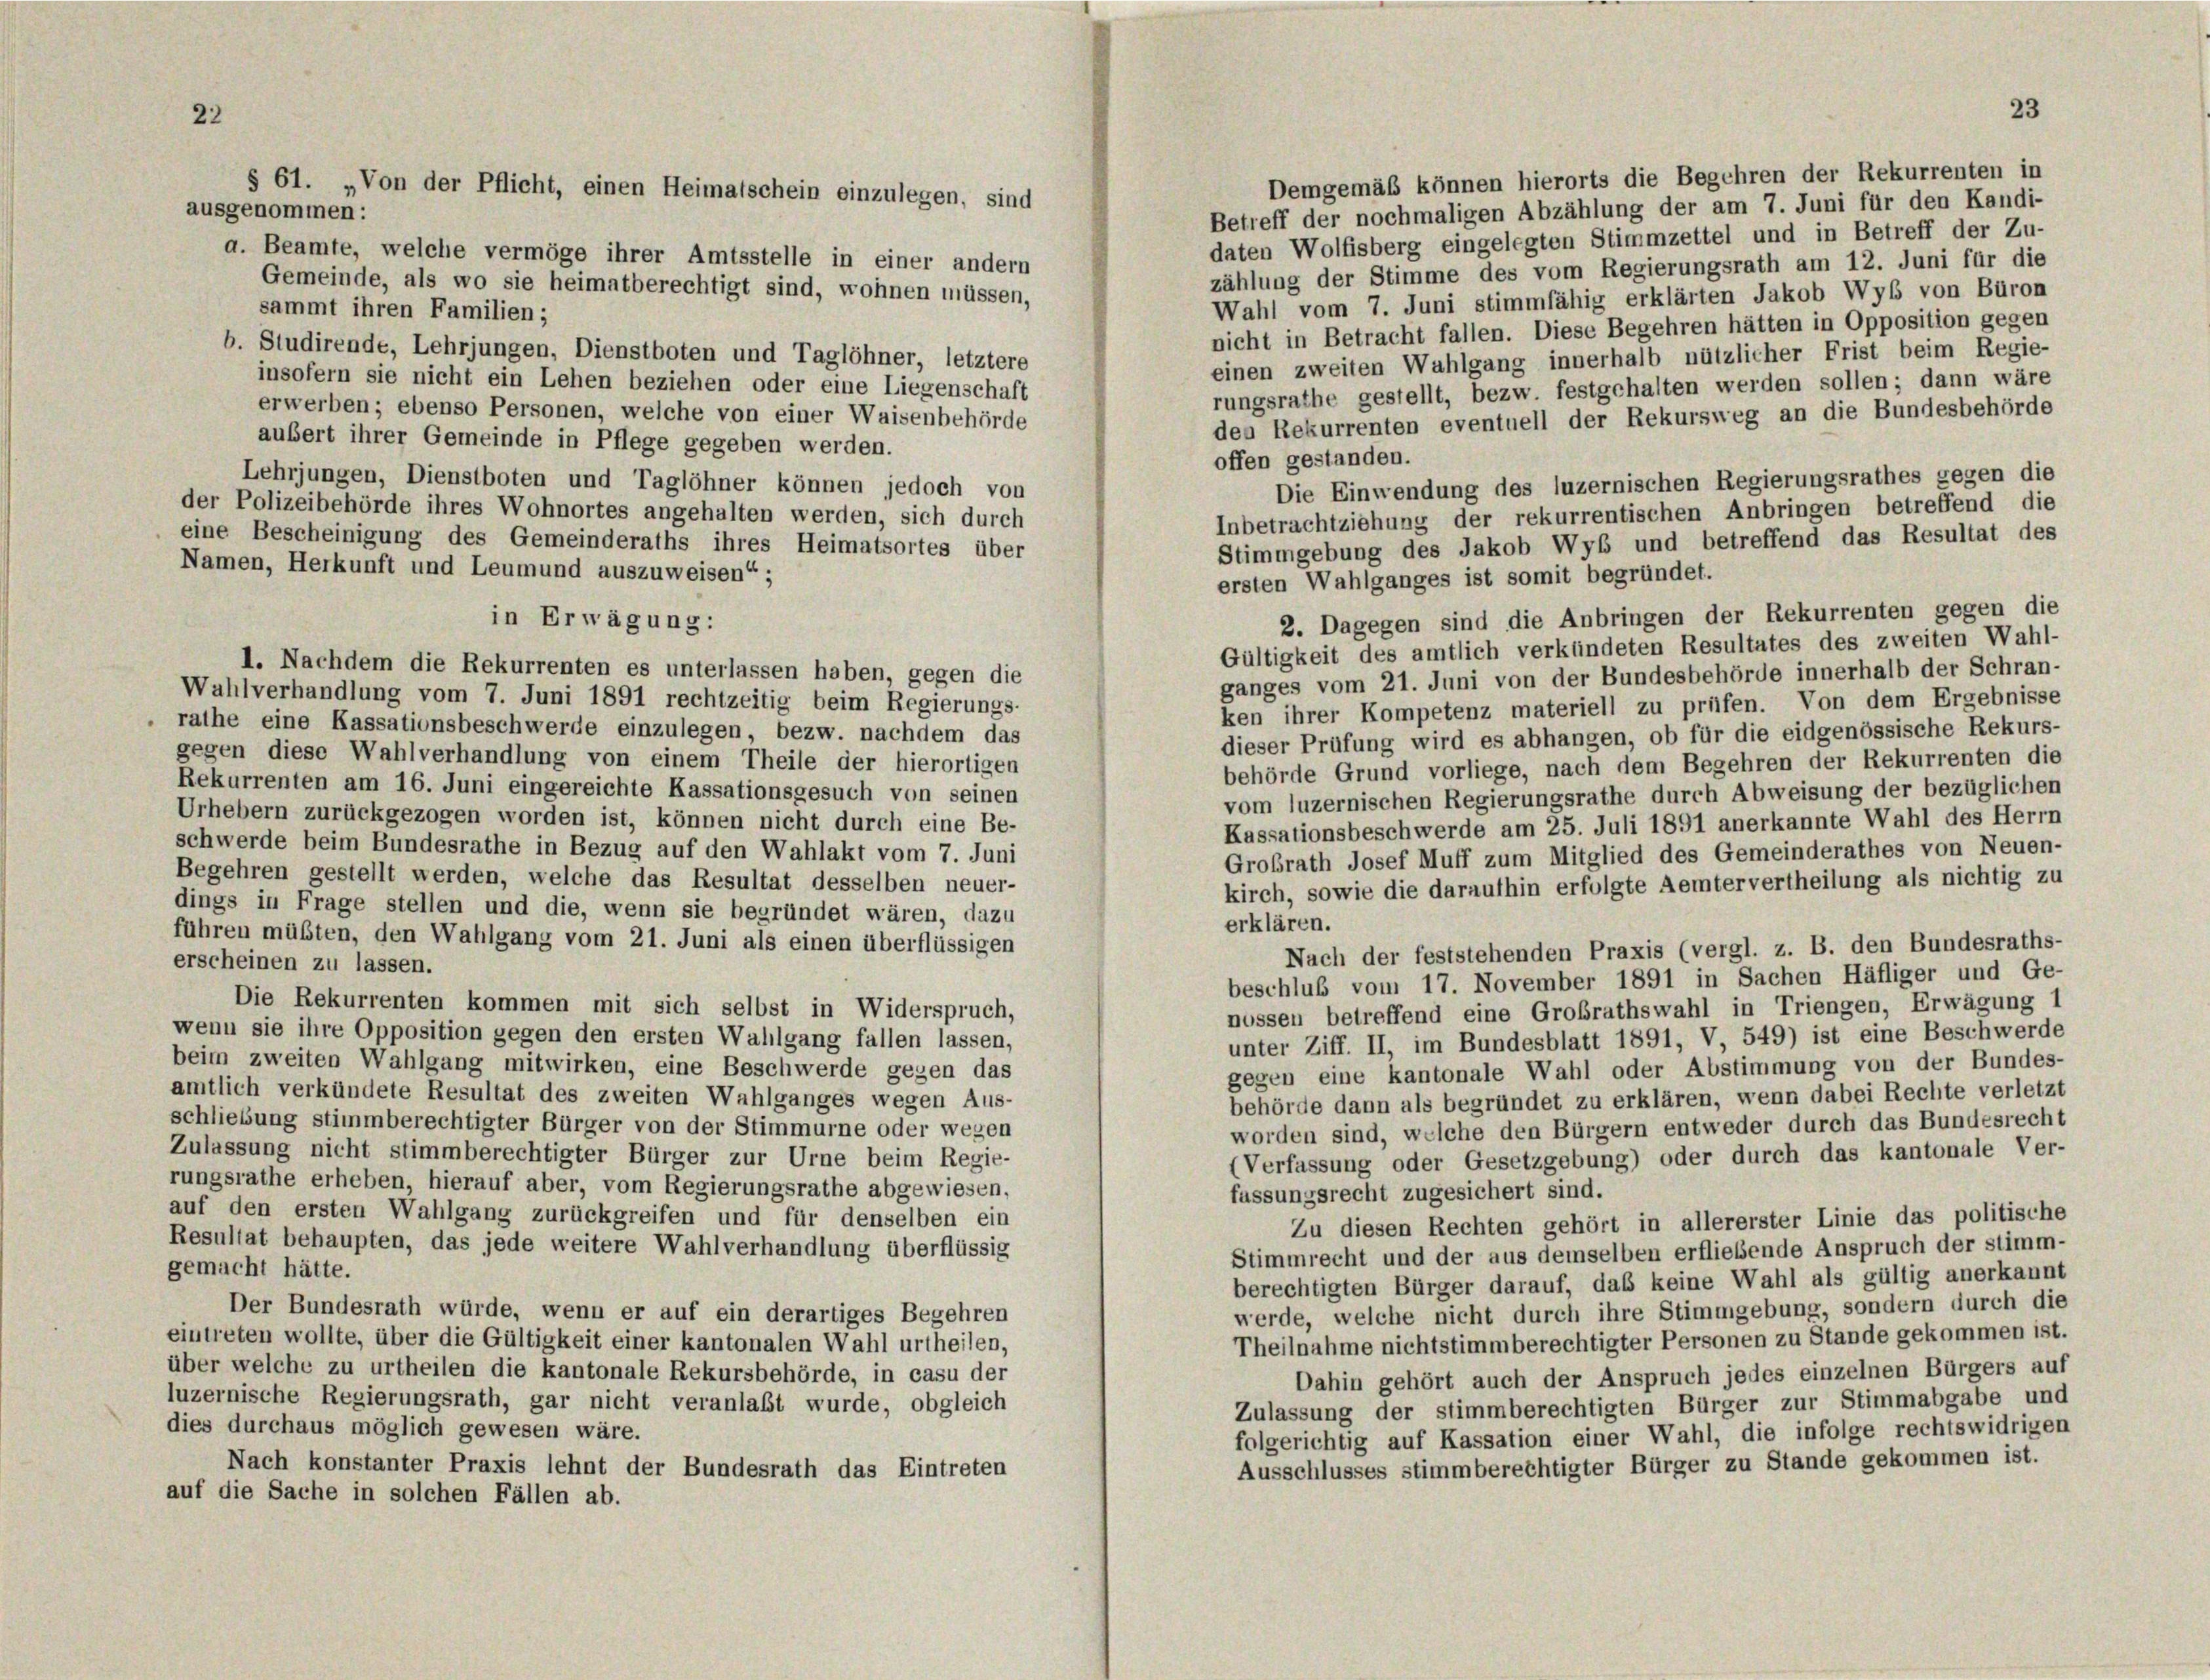
22

Demgemäß können hierorts die Begehren der Rekurrenten in
Betreff der nochmaligen Abzählung der am 7. Juni für den Kandi-
ausgenommen:
daten Wolfisberg eingelegten Stimmzettel und in Betreff der Zu-
a. Beamte, welche vermöge ihrer Amtsstelle in einer andern
zählung der Stimme des vom Regierungsrath am 12. Juni für die
Gemeinde, als wo sie heimatberechtigt sind, wohnen müssen,
Wahl vom 7. Juni stimmfähig erklärten Jakob Wyb von Büron
sammt ihren Familien;
nicht in Betracht fallen. Diese Begehren hätten in Opposition gegen
b. Studirende, Lehrjungen, Dienstboten und Taglöhner, letztere
einen zweiten Wahlgang innerhalb nützlicher Frist beim Regie-
insofern sie nicht ein Lehen beziehen oder eine Liegenschaft
rungsrathe gestellt, bezw. festgehalten werden sollen; dann wäre
erwerben; ebenso Personen, welche von einer Waisenbehörde
den Rekurrenten eventuell der Rekursweg an die Bundesbehörde
aubert ihrer Gemeinde in Pflege gegeben werden.
offen gestanden.
Lehrjungen, Dienstboten und Taglöhner können jedoch von
Die Einwendung des luzernischen Regierungsrathes gegen die
der Polizeibehörde ihres Wohnortes angehalten werden, sich durch
Inbetrachtziehung der rekurrentischen Anbringen betreffend die
eine Bescheinigung des Gemeinderaths ihres Heimatsortes über
Stimmgebung des Jakob Wyb und betreffend das Resultat des
Namen, Herkunft und Leumund auszuweisen“;
ersten Wahlganges ist somit begründet.
2. Dagegen sind die Anbringen der Rekurrenten gegen die
in Erwägung:
Gültigkeit des amtlich verkündeten Resultates des zweiten Wahl-
I. Nachdem die Rekurrenten es unterlassen haben, gegen die
ganges vom 21. Juni von der Bundesbehörde innerhalb der Schran-
Wahlverhandlung vom 7. Juni 1891 rechtzeitig beim Regierungs-
ken ihrer Kompetenz materiell zu prüfen. Von dem Ergebnisse
rathe eine Kassationsbeschwerde einzulegen, bezw. nachdem das
dieser Prüfung wird es abhangen, ob für die eidgenössische Rekurs-
gegen diese Wahlverhandlung von einem Theile der hierortigen
behörde Grund vorliege, nach dem Begehren der Rekurrenten die
Rekurrenten am 16. Juni eingereichte Kassationsgesuch von seinen
vom luzernischen Regierungsrathe durch Abweisung der bezüglichen
Urhebern zurückgezogen worden ist, können nicht durch eine Be-
Kassationsbeschwerde am 25. Juli 1891 anerkannte Wahl des Herrn
schwerde beim Bundesrathe in Bezug auf den Wahlakt vom 7. Juni
Großrath Josef Muff zum Mitglied des Gemeinderathes von Neuen-
Begehren gestellt werden, welche das Resultat desselben neuer-
kirch, sowie die daraufhin erfolgte Aemtervertheilung als nichtig zu
dings in Frage stellen und die, wenn sie begründet wären, dazu
erklären.
führen müßten, den Wahlgang vom 21. Juni als einen überflüssigen
Nach der feststehenden Praxis (vergl. z. B. den Bundesraths-
erscheinen zu lassen.
beschluß vom 17. November 1891 in Sachen Häfliger und Ge-
Die Rekurrenten kommen mit sich selbst in Widerspruch,
nossen betreffend eine Großrathswahl in Triengen, Erwägung 1
wenn sie ihre Opposition gegen den ersten Wahlgang fallen lassen,
unter Ziff. II, im Bundesblatt 1891, V, 549) ist eine Beschwerde
beim zweiten Wahlgang mitwirken, eine Beschwerde gegen das
gegen eine kantonale Wahl oder Abstimmung von der Bundes-
amtlich verkündete Resultat des zweiten Wahlganges wegen Aus-
behörde dann als begründet zu erklären, wenn dabei Rechte verletzt
schließung stimmberechtigter Bürger von der Stimmurne oder wegen
worden sind, welche den Bürgern entweder durch das Bundesrecht
Zulassung nicht stimmberechtigter Bürger zur Urne beim Regie-
(Verfassung oder Gesetzgebung) oder durch das kantonale Ver-
rungsrathe erheben, hierauf aber, vom Regierungsrathe abgewiesen,
fassungsrecht zugesichert sind.
auf den ersten Wahlgang zurückgreifen und für denselben ein
Zu diesen Rechten gehört in allererster Linie das politische
Resultat behaupten, das jede weitere Wahlverhandlung überflüssig
Stimmrecht und der aus demselben erfliebende Anspruch der stimm-
gemacht hätte.
berechtigten Bürger darauf, das keine Wahl als gültig anerkannt
Der Bundesrath würde, wenn er auf ein derartiges Begehren
werde, welche nicht durch ihre Stimmgebung, sondern durch die
eintreten wollte, über die Gültigkeit einer kantonalen Wahl urtheilen,
Theilnahme nichtstimmberechtigter Personen zu Stande gekommen ist.
über welche zu urtheilen die kantonale Rekursbehörde, in casu der
Dahin gehört auch der Anspruch jedes einzelnen Bürgers auf
luzernische Regierungsrath, gar nicht veranlaßt wurde, obgleich
Zulassung der stimmberechtigten Bürger zur Stimmabgabe und
dies durchaus möglich gewesen wäre.
folgerichtig auf Kassation einer Wahl, die infolge rechtswidrigen
Ausschlusses stimmberechtigter Bürger zu Stande gekommen ist.
Nach konstanter Praxis lehnt der Bundesrath das Eintreten
auf die Sache in solchen Fällen ab.

§ 61. „Von der Pflicht, einen Heimatschein einzulegen, sind

23